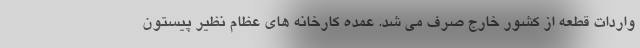
واردات قطعه از کشور خارج صرف می شد. عمده کارخانه های عظام نظیر پیستون